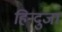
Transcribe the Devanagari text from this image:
हिन्दुजा